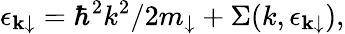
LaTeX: \epsilon_{\mathbf k\downarrow}=\hbar^{2}k^{2}/2m_{\downarrow}+\Sigma(k,\epsilon_{\mathbf k\downarrow}),